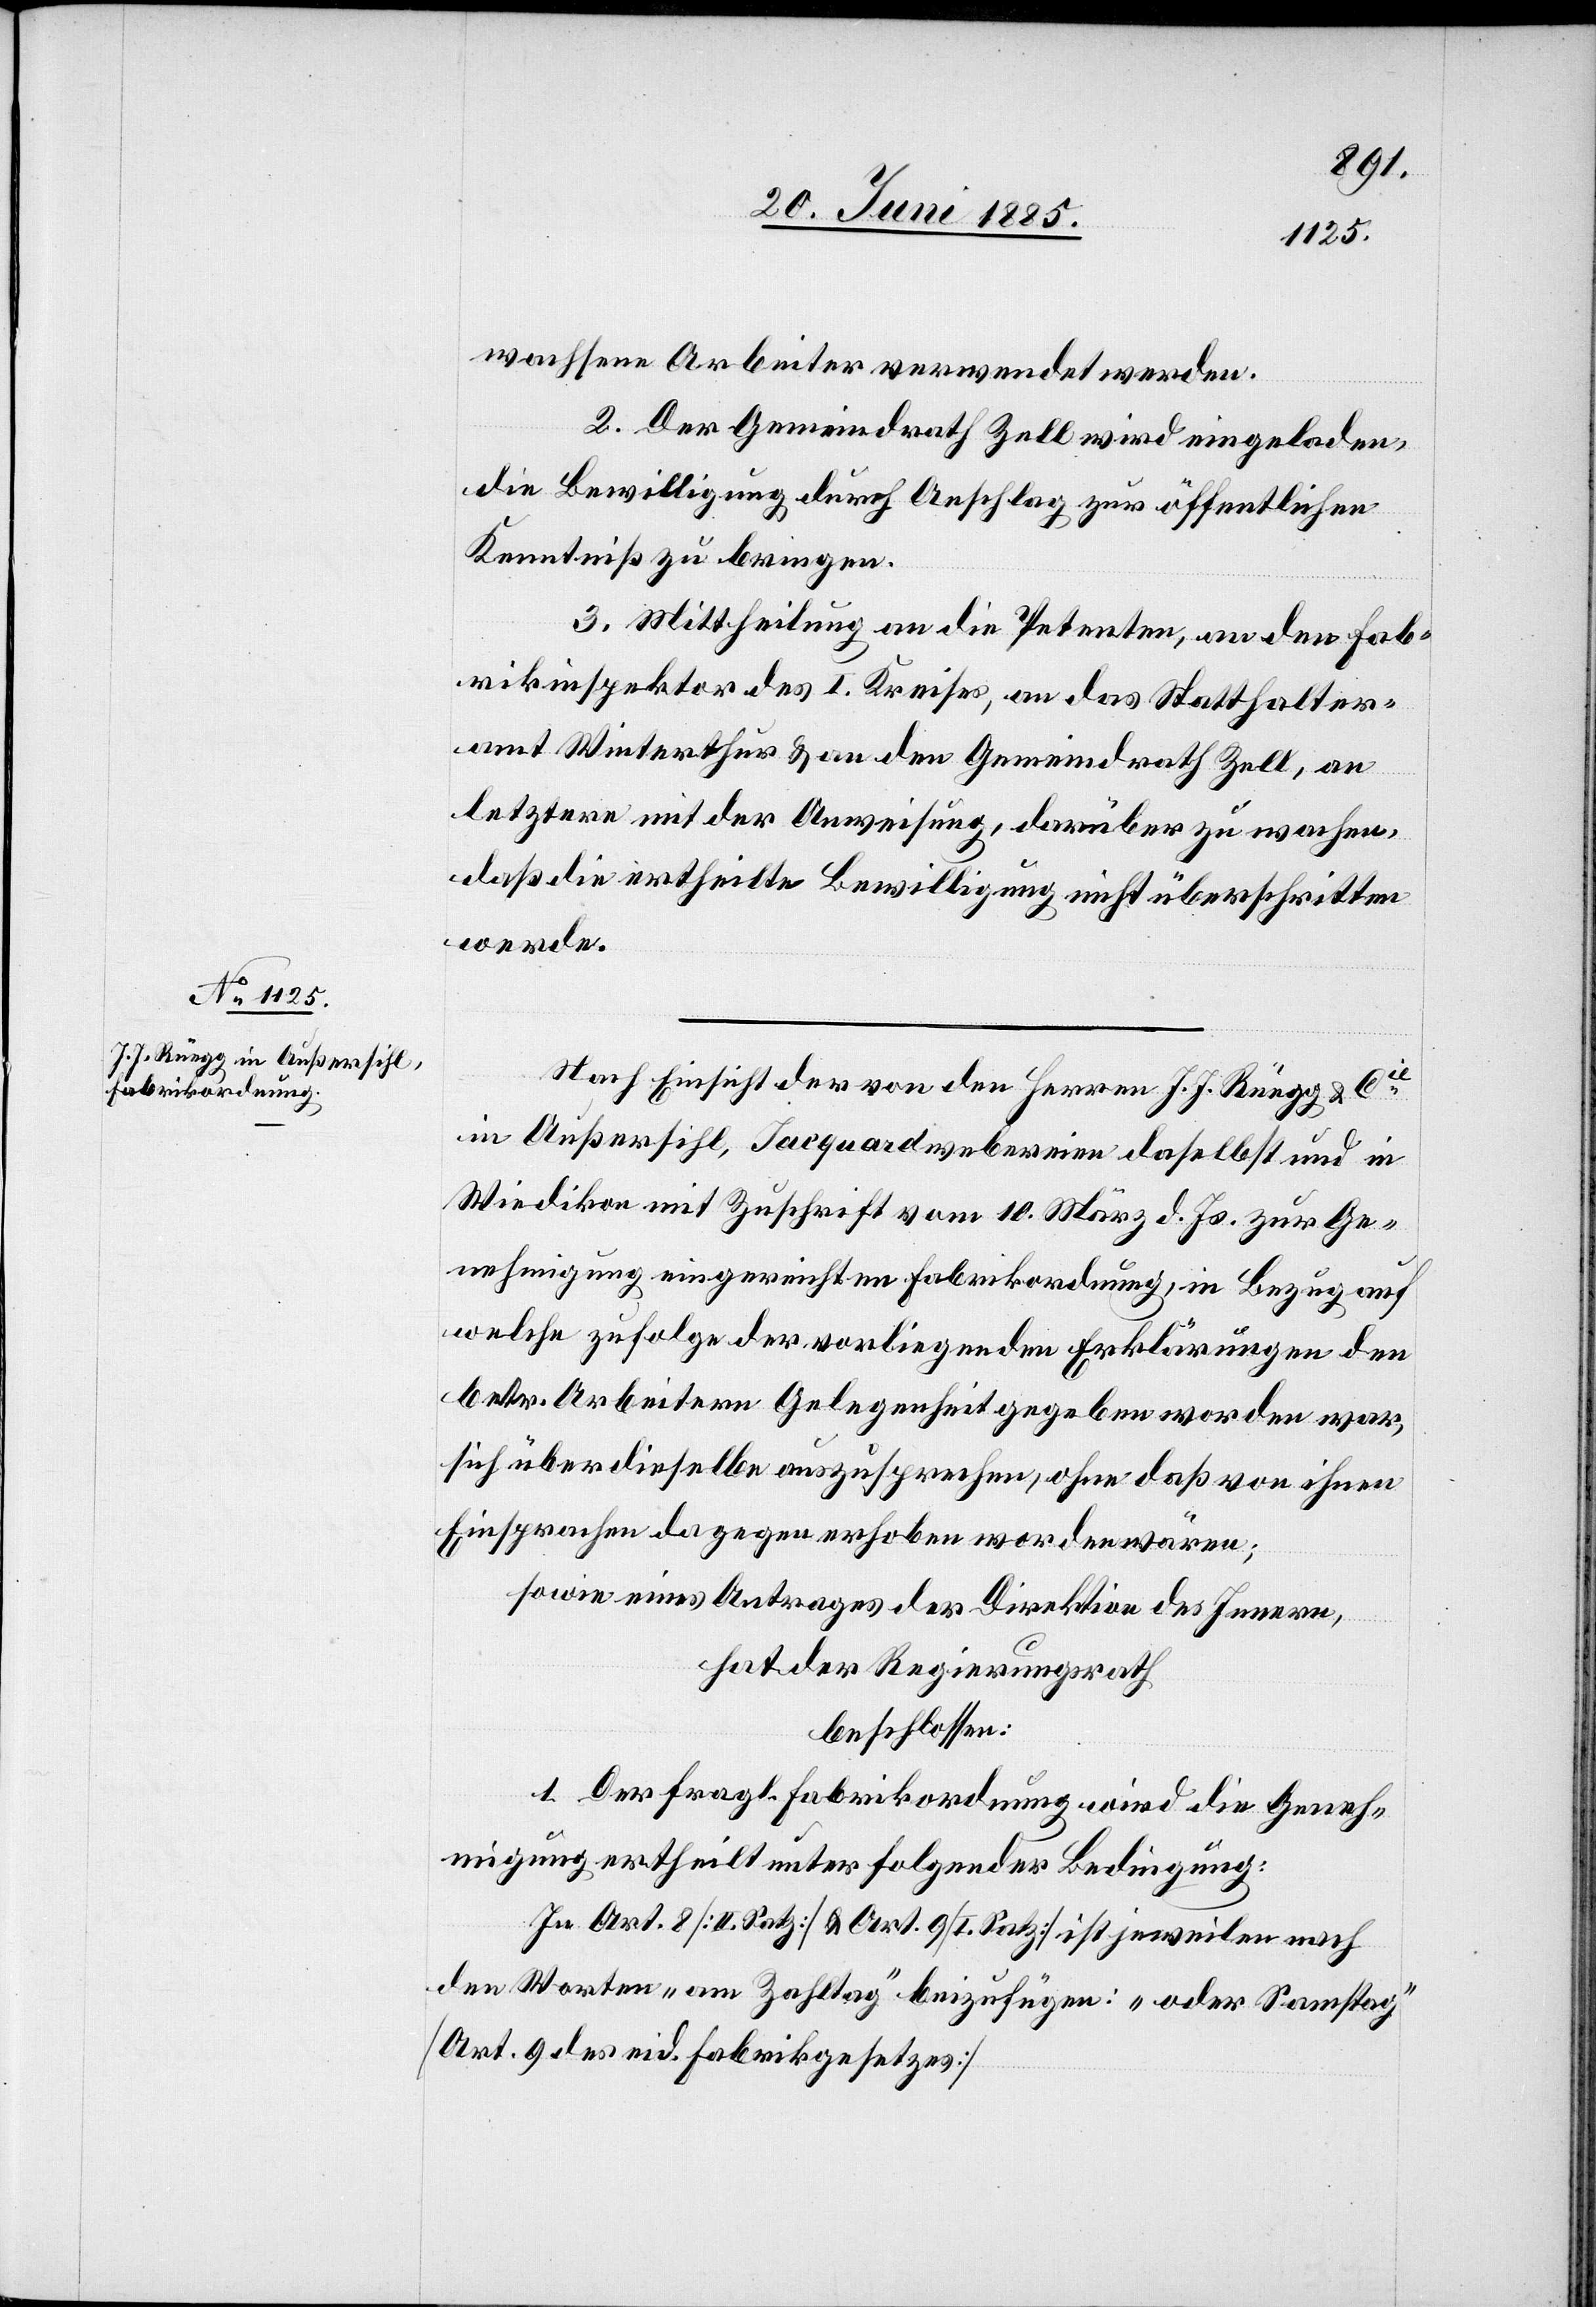
wachsene Arbeiter verwendet werden.
2. Der Gemeindrath Zell wird eingeladen,
die Bewilligung durch Anschlag zur öffentlichen
Kenntniß zu bringen.
3. Mittheilung an die Petenten, an den Fab¬
rikinspektor des I. Kreises, an das Statthalter¬
amt Winterthur & an den Gemeindrath Zell, an
letztern mit der Anweisung, darüber zu wachen,
daß die ertheilte Bewilligung nicht überschritten
werde.
Nach Einsicht der von den Herren J. J. Rüegg & Cie
in Außersihl, Jacquardwebereien daselbst und in
Wiedikon mit Zuschrift vom 10. März d. Js. zur Ge¬
nehmigung eingereichten Fabrikordnung, in Bezug auf
welche zufolge der vorliegenden Erklärungen den
betr. Arbeitern Gelegenheit gegeben worden war,
sich über dieselbe auszusprechen, ohne daß von ihnen
Einsprachen dagegen erhoben worden wären;
sowie eines Antrages der Direktion des Innern,
hat der Regierungsrath
beschlossen:
1. Der fragl. Fabrikordnung wird die Geneh¬
migung ertheilt unter folgender Bedingung:
In Art. 8 [II. Satz] & Art. 9 [I. Satz] ist jeweilen nach
den Worten „am Zahltag“ beizufügen: „oder Samstag“
[Art. 9 des eid Fabrikgesetzes].